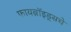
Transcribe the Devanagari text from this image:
फायब्रॉइड्सचे